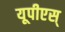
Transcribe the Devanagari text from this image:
यूपीएस्